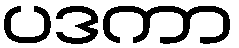
ပဒကာ